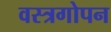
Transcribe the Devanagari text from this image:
वस्त्रगोपन